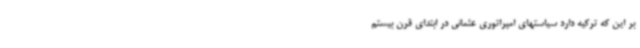
بر این که ترکیه دارد سیاستهای امپراتوری عثمانی در ابتدای قرن بیستم